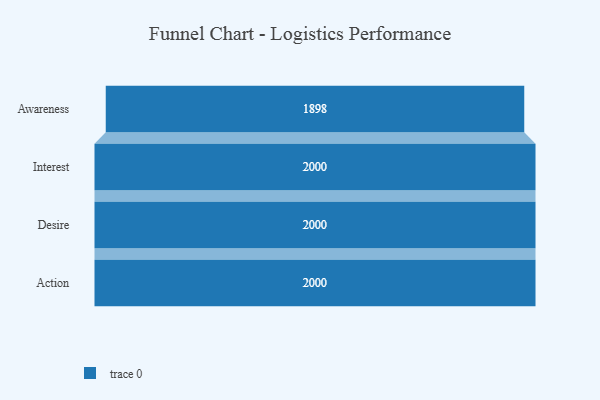
{"axis": {"x": "Stage", "y": "Value"}, "legend": [""], "data": [{"x": "Awareness", "y": 1898.0, "type": ""}, {"x": "Interest", "y": 2000, "type": ""}, {"x": "Desire", "y": 2000, "type": ""}, {"x": "Action", "y": 2000, "type": ""}]}